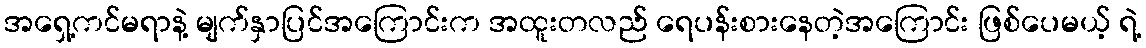
အရှေ့ကင်မရာနဲ့ မျက်နှာပြင်အကြောင်းက အထူးတလည် ရေပန်းစားနေတဲ့အကြောင်း ဖြစ်ပေမယ့် ရဲ့